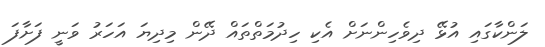
ލަންކާގައި އުޅޭ ދިވެހިންނަށް އެކި ހިދުމަތްތައް ދޭން މިދިޔަ އަހަރު ވަނީ ފަށާފަ